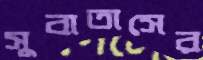
সুবাতাসের